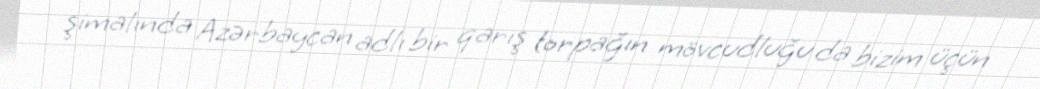
şimalında Azərbaycan adlı bir qarış torpağın mövcudluğu da bizim üçün